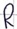
Text: R